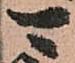
可